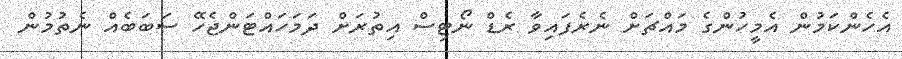
އެހެންކަމުން އެމީހުންގެ މައްޗަށް ނެރެފައިވާ ރެޑް ނޯޓިސް އިތުރަށް ދަމަހައްޓަންޖެހޭ ސަބަބެއް ނެތުމުން